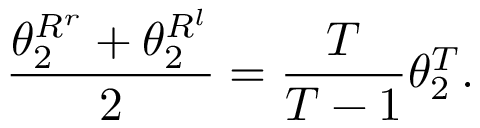
\frac { \theta _ { 2 } ^ { R ^ { r } } + \theta _ { 2 } ^ { R ^ { l } } } { 2 } = \frac { T } { T - 1 } \theta _ { 2 } ^ { T } .